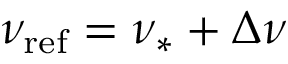
\nu _ { \mathrm { r e f } } = \nu _ { \ast } + \Delta \nu